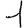
Digit: 1